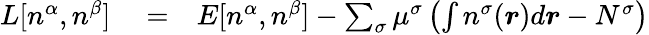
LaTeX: \begin{array}{rlr}{L[n^{\alpha},n^{\beta}]}&{{}=}&{E[n^{\alpha},n^{\beta}]-\sum_{\sigma}\mu^{\sigma}\left(\int n^{\sigma}(\boldsymbol{r})d\boldsymbol{r}-N^{\sigma}\right)}\end{array}